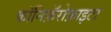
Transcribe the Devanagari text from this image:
कॉनिफ़ॅरोफ़ाइटा